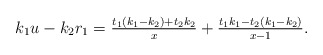
\begin{align*} k_1u-k_2r_1 =\tfrac{t_1(k_1-k_2)+t_2k_2}{x}+\tfrac{t_1k_1-t_2(k_1-k_2)}{x-1}.\end{align*}